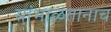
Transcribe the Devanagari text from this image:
सांभाळतानाच